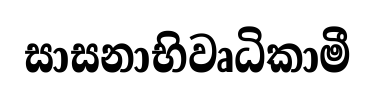
සාසනාභිවෘධිකාමී